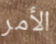
الأمر